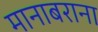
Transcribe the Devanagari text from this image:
मानाबराना